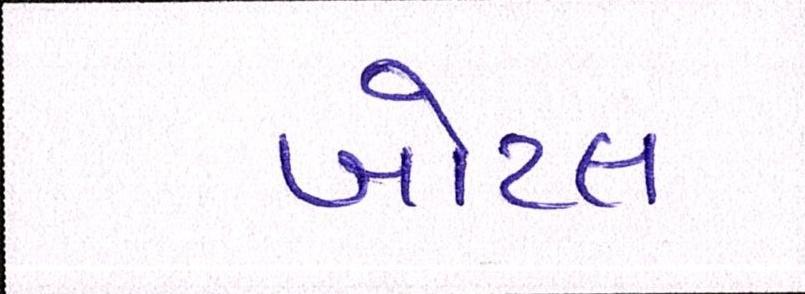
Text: બોટલ